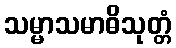
သမ္မာသမာဓိသုတ္တံ